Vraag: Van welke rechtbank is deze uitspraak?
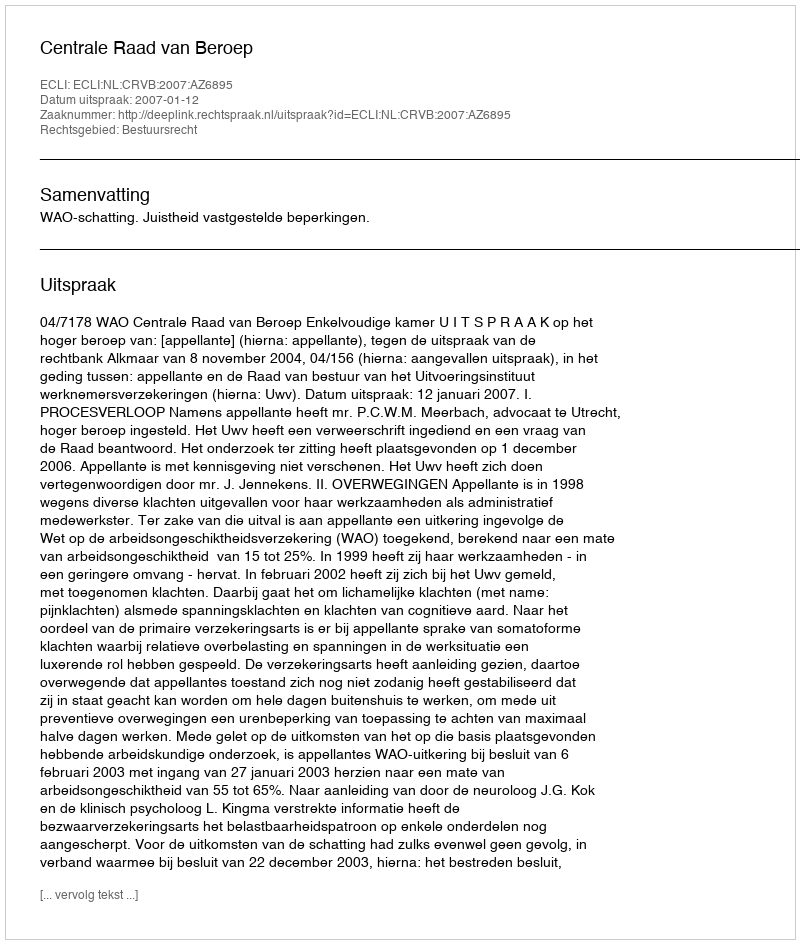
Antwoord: Centrale Raad van Beroep